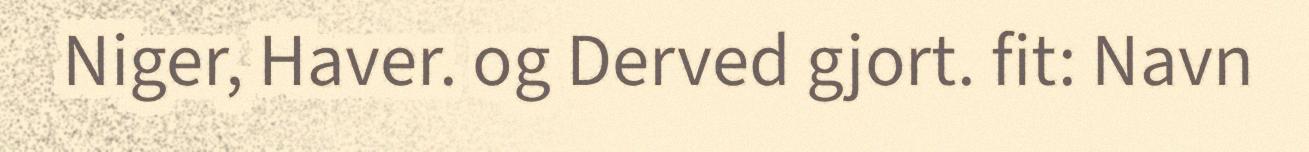
Niger, Haver. og Derved gjort. fit: Navn